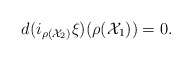
\begin{align*}d(i_{\rho(\mathcal{X}_2)}\mathcal{\xi})(\rho(\mathcal{X}_1))=0.\end{align*}